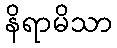
နိရာမိသာ